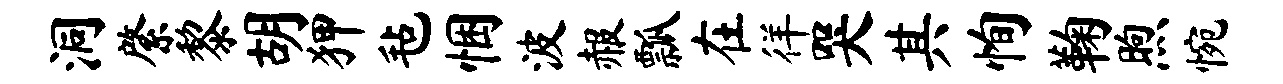
洞綮黎胡狎毡悃波赧瓢在徉哭其恂鞠煦惋